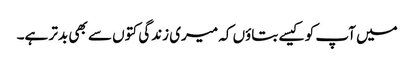
میں آپ کو کیسے بتاؤں کہ میری زندگی کتوں سے بھی بدتر ہے۔